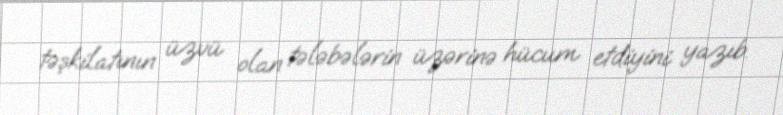
təşkilatının üzvü olan tələbələrin üzərinə hücum etdiyini yazıb.